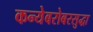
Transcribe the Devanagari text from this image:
कन्येबरोबरसुद्धा